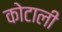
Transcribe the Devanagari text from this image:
कोटाली